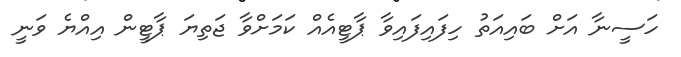
ހަސީނާ އަށް ބައިއަތު ހިފައިފައިވާ ޕާޓީއެއް ކަމަށްވާ ޖަތިޔަ ޕާޓީން އިއްޔެ ވަނީ